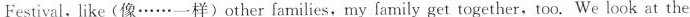
Festival,like（像……一样）other families,my family get together,too.We look at the